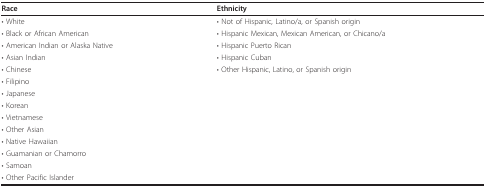
<table><thead><tr><td><b>Race</b></td><td><b>Ethnicity</b></td></tr></thead><tbody><tr><td>• White</td><td>• Not of Hispanic, Latino/a, or Spanish origin</td></tr><tr><td>• Black or African American</td><td>• Hispanic Mexican, Mexican American, or Chicano/a</td></tr><tr><td>• American Indian or Alaska Native</td><td>• Hispanic Puerto Rican</td></tr><tr><td>• Asian Indian</td><td>• Hispanic Cuban</td></tr><tr><td>• Chinese</td><td>• Other Hispanic, Latino, or Spanish origin</td></tr><tr><td>• Filipino</td><td></td></tr><tr><td>• Japanese</td><td></td></tr><tr><td>• Korean</td><td></td></tr><tr><td>• Vietnamese</td><td></td></tr><tr><td>• Other Asian</td><td></td></tr><tr><td>• Native Hawaiian</td><td></td></tr><tr><td>• Guamanian or Chamorro</td><td></td></tr><tr><td>• Samoan</td><td></td></tr><tr><td>• Other Pacific Islander</td><td></td></tr></tbody></table>